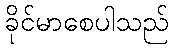
ခိုင်မာစေပါသည်